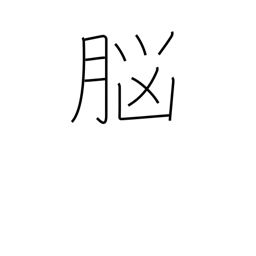
Meaning: brain